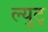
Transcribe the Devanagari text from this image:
ल्युट्